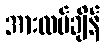
အားလပ်ချိန်